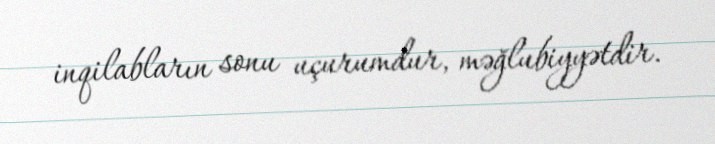
inqilabların sonu uçurumdur, məğlubiyyətdir.